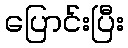
ပြောင်းပြီး